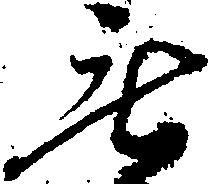
無